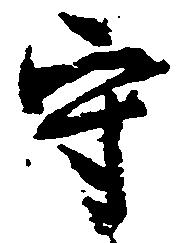
守